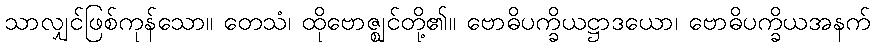
သာလျှင်ဖြစ်ကုန်သော။ တေသံ၊ ထိုဗောဇ္ဈင်တို့၏။ ဗောဓိပက္ခိယဋ္ဌာဒယော၊ ဗောဓိပက္ခိယအနက်